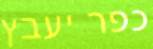
כפר יעבץ